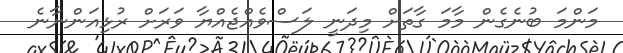
މަންމަ ބުނެގެން މާމަ ގާތަށް މިދަނީ ލަސްވެއްޖެއްޔާ ވަރަށް ރުޅިއަންނާނެ